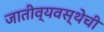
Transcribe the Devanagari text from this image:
जातीव्यवस्थेची